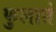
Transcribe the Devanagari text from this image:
फुलाते